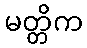
မတ္တိက